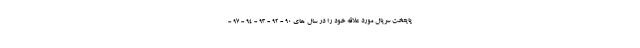
پایتخت سریال مورد علاقه خود را در سال های 90 - 92 - 93 - 94 - 97 -